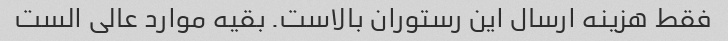
فقط هزینه ارسال این رستوران بالاست. بقیه موارد عالی الست